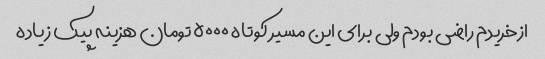
ازخریدم راضی بودم ولی برای این مسیر کوتاه ۵۰۰۰ تومان هزینه پیک زیاده